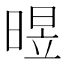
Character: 𣈫